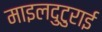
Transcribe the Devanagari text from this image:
माइलदुटुराई